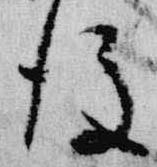
後